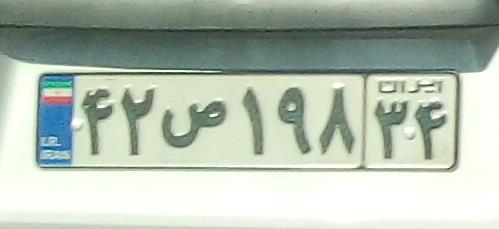
۴۲ص۱۹۸۳۴